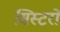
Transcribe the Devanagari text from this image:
सिस्टरों